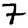
Digit: 7